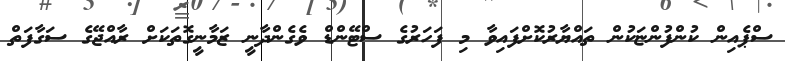
ސްޕެއިން ކުންފުންޏަކުން ތައްޔާރުކޮށްފައިވާ މި ފަހަރުގެ ސްޓޭންޑް ވެގެންދާނީ ޒަމާނީގޮތަކަށް ރާއްޖޭގެ ސަގާފަތް